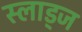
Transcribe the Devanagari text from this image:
स्लाड्ज